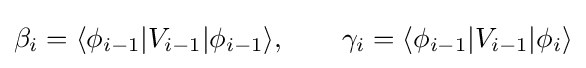
\beta _{i}=\langle \phi _{i-1}|V_{i-1}|\phi _{i-1}\rangle ,\qquad \gamma _{i}=\langle \phi _{i-1}|V_{i-1}|\phi _{i}\rangle